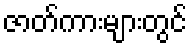
ဇာတ်ကားများတွင်